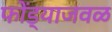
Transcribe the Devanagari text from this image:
फोंड्याजवळ